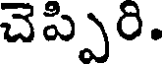
చెప్పిరి.